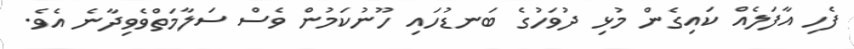
ފެހި އާފަލެއް ކައިގެން މުޅި ދުވަހުގެ ބަނޑުހައި ހޫނުކަމުން ވެސް ސަލާމަތްވެވިދާނެ އެވެ.